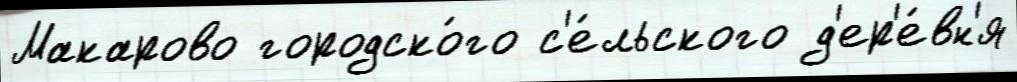
Макарово городско́го с'е́льского д'ер'е́вн'я